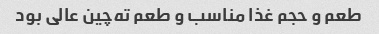
طعم و حجم غذا مناسب و طعم ته‌چین عالی بود